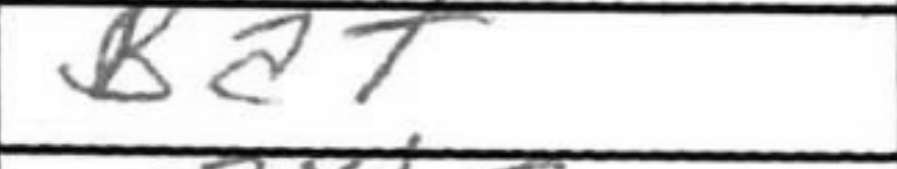
Transcription: Ba7